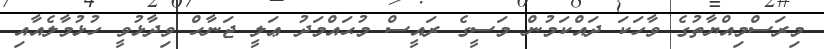
މިރަސްމިއްޔާތުގެ ވާހަކަ ދައްކަމުން މަސީގެ ރައީސް މުޙައްމަދު ޢަލީ ޖަނާޙް ވިދާޅުވީ ހުޅުމާލެއާއި